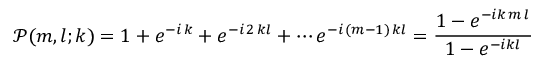
\mathcal { P } ( m , l ; k ) = 1 + e ^ { - i \, k } + e ^ { - i \, 2 \, k l } + \cdots e ^ { - i \, ( m - 1 ) \, k l } = \frac { 1 - e ^ { - i k \, m \, l } } { 1 - e ^ { - i k l } }